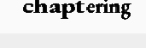
chaptering